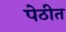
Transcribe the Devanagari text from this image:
पेठीत